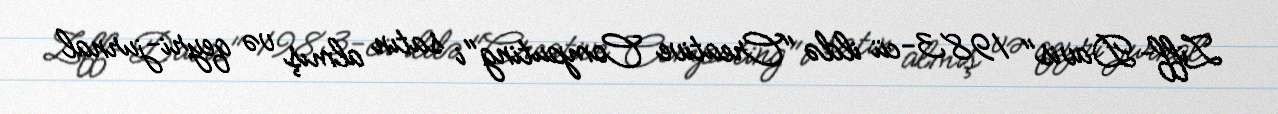
Ziff-Davis" 1983-cü ildə "Creative Computing"i satın almış və qeyri-jurnal